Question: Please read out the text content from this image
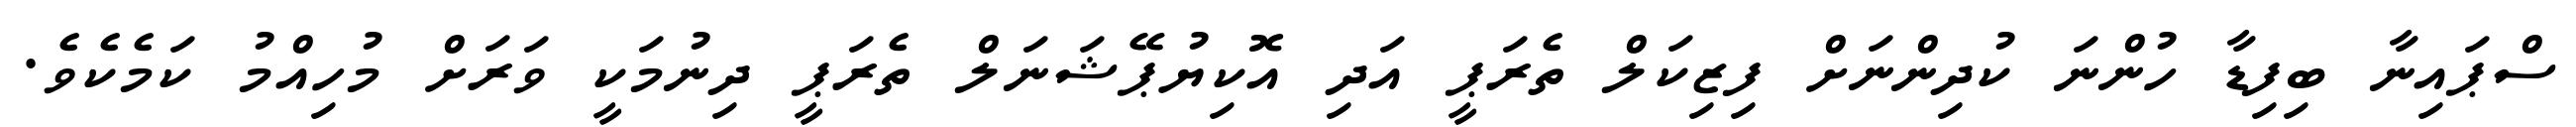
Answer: ސްޕައިނާ ބިފިޑާ ހުންނަ ކުދިންނަށް ފިޒިކަލް ތެރަޕީ އަދި އޮކިޔުޕޭޝަނަލް ތެރަޕީ ދިނުމަކީ ވަރަށް މުހިއްމު ކަމެކެވެ.